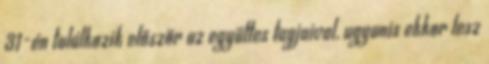
31-én találkozik először az együttes tagjaival, ugyanis ekkor lesz